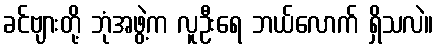
ခင်ဗျားတို့ ဘုံအဖွဲ့က လူဦးရေ ဘယ်လောက် ရှိသလဲ။